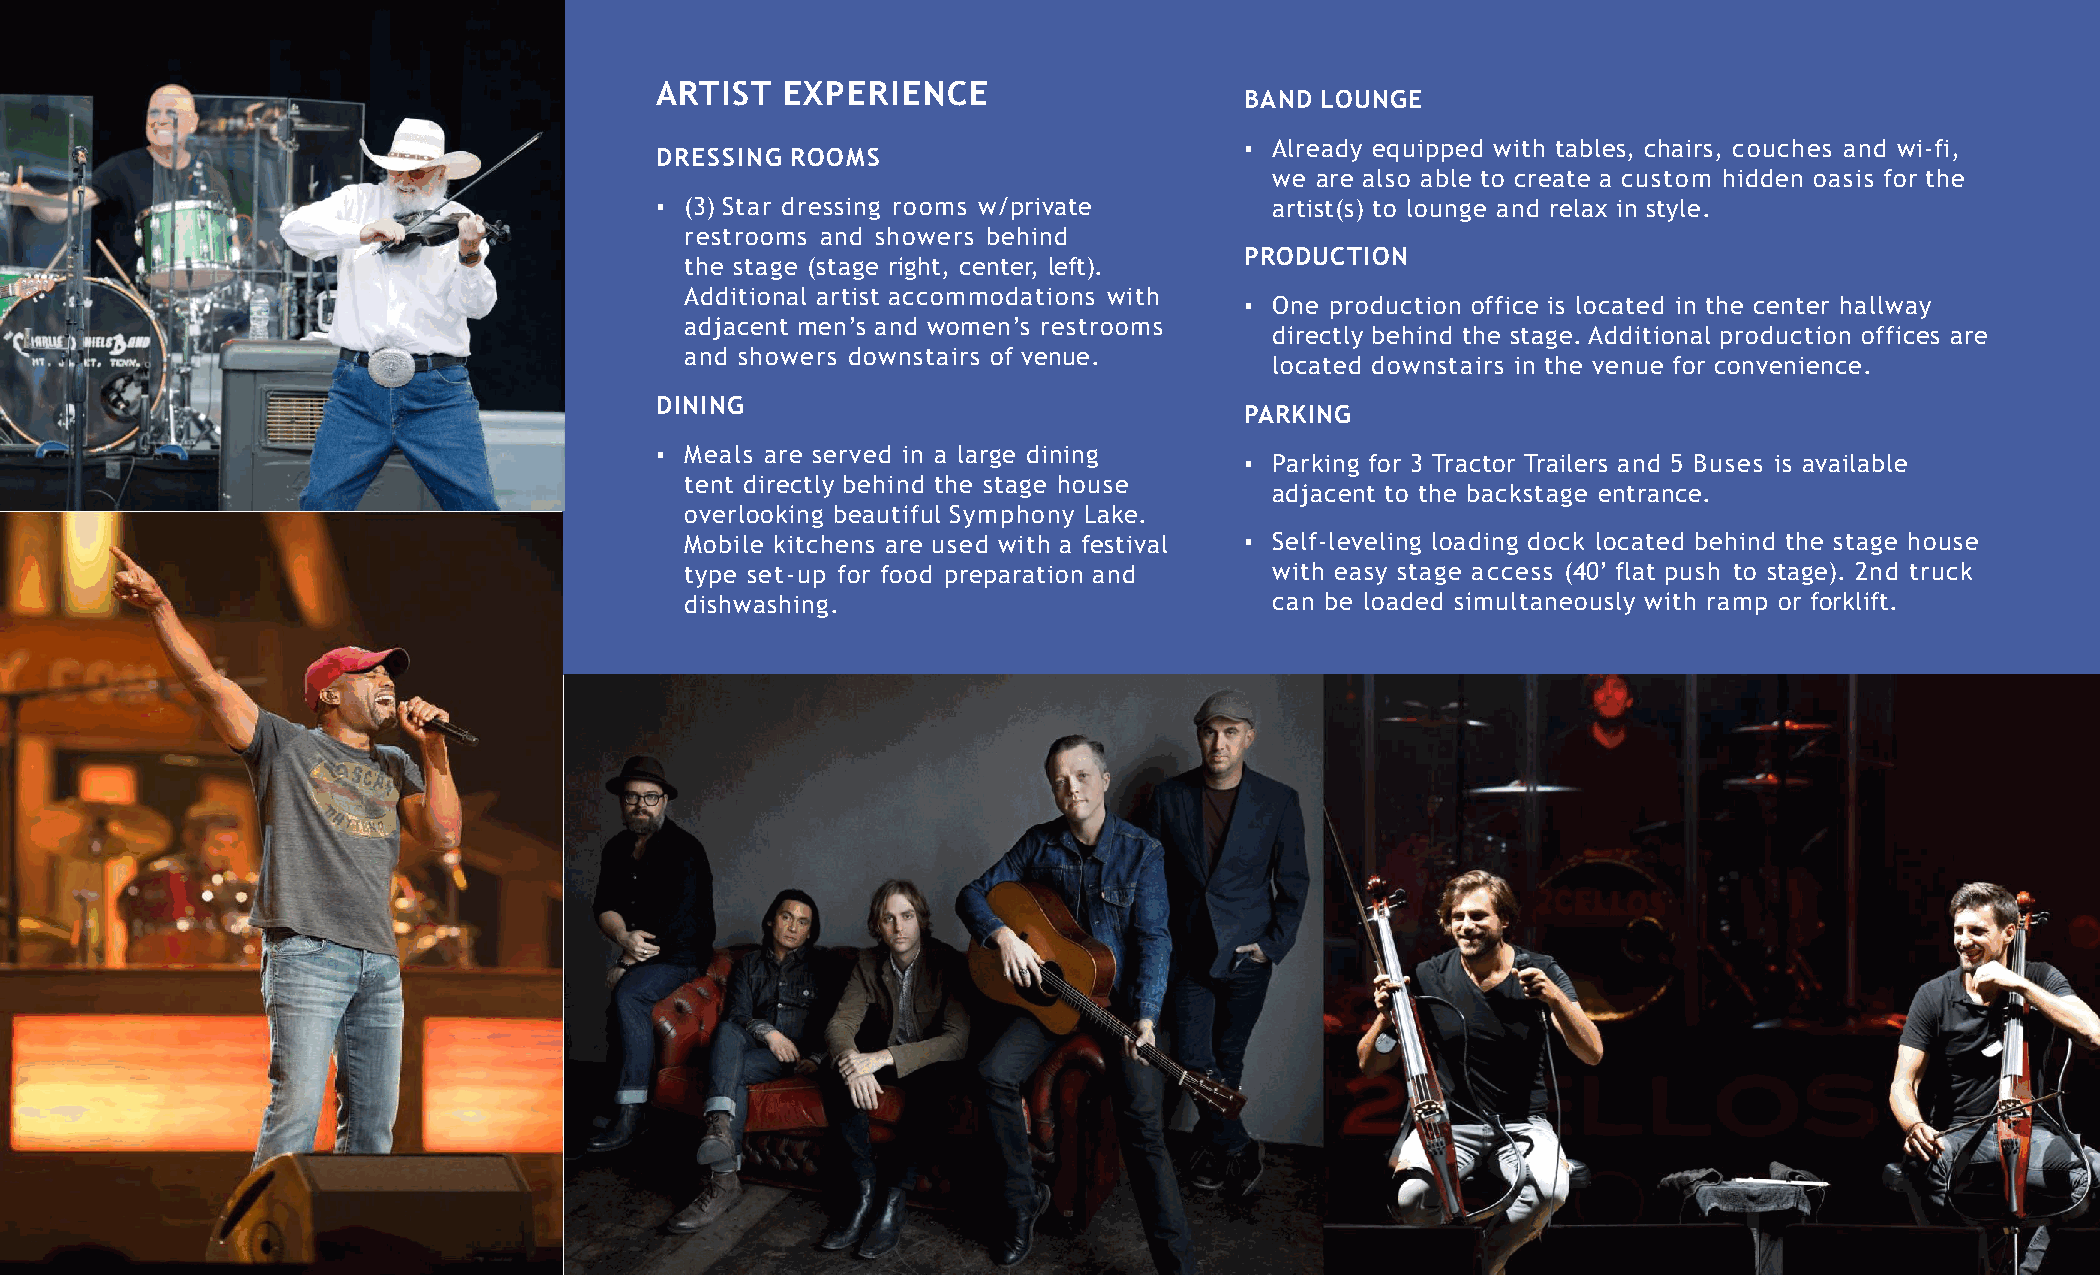
ARTIST   EXPERIENCE
 BAND LOUNGE
 ▪ Already equipped with tables, chairs, couches and wi-fi,
 DRESSING ROOMS
 we are also able to create a custom hidden oasis for the
 ▪ (3) Star dressing rooms w/private      artist(s) to lounge and relax in style.
 restrooms and showers behind
 PRODUCTION
 the stage (stage right, center, left).
 Additional artist accommodations with
 ▪ One production office is located in the center hallway
 adjacent men’s and women’s restrooms
 directly behind the stage.Additional production offices are
 and showers downstairs of venue.
 located downstairs in the venue for convenience.
 DINING
 PARKING
 ▪ Meals are served in a large dining
 ▪ Parking for 3 Tractor Trailers and 5 Buses is available
 tent directly behind the stage house
 adjacent to the backstage entrance.
 overlooking beautiful Symphony Lake.
 Mobile kitchens are used with a festival ▪ Self-leveling loading dock located behind the stage house
 type set-up for food preparation and   with easy stage access (40’ flat push to stage). 2nd truck
 dishwashing.                           can be loaded simultaneously with ramp or forklift.